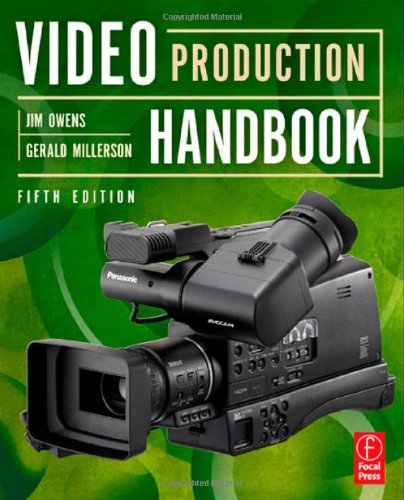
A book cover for Video Production Handbook; Jim Owens; Humor & Entertainment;